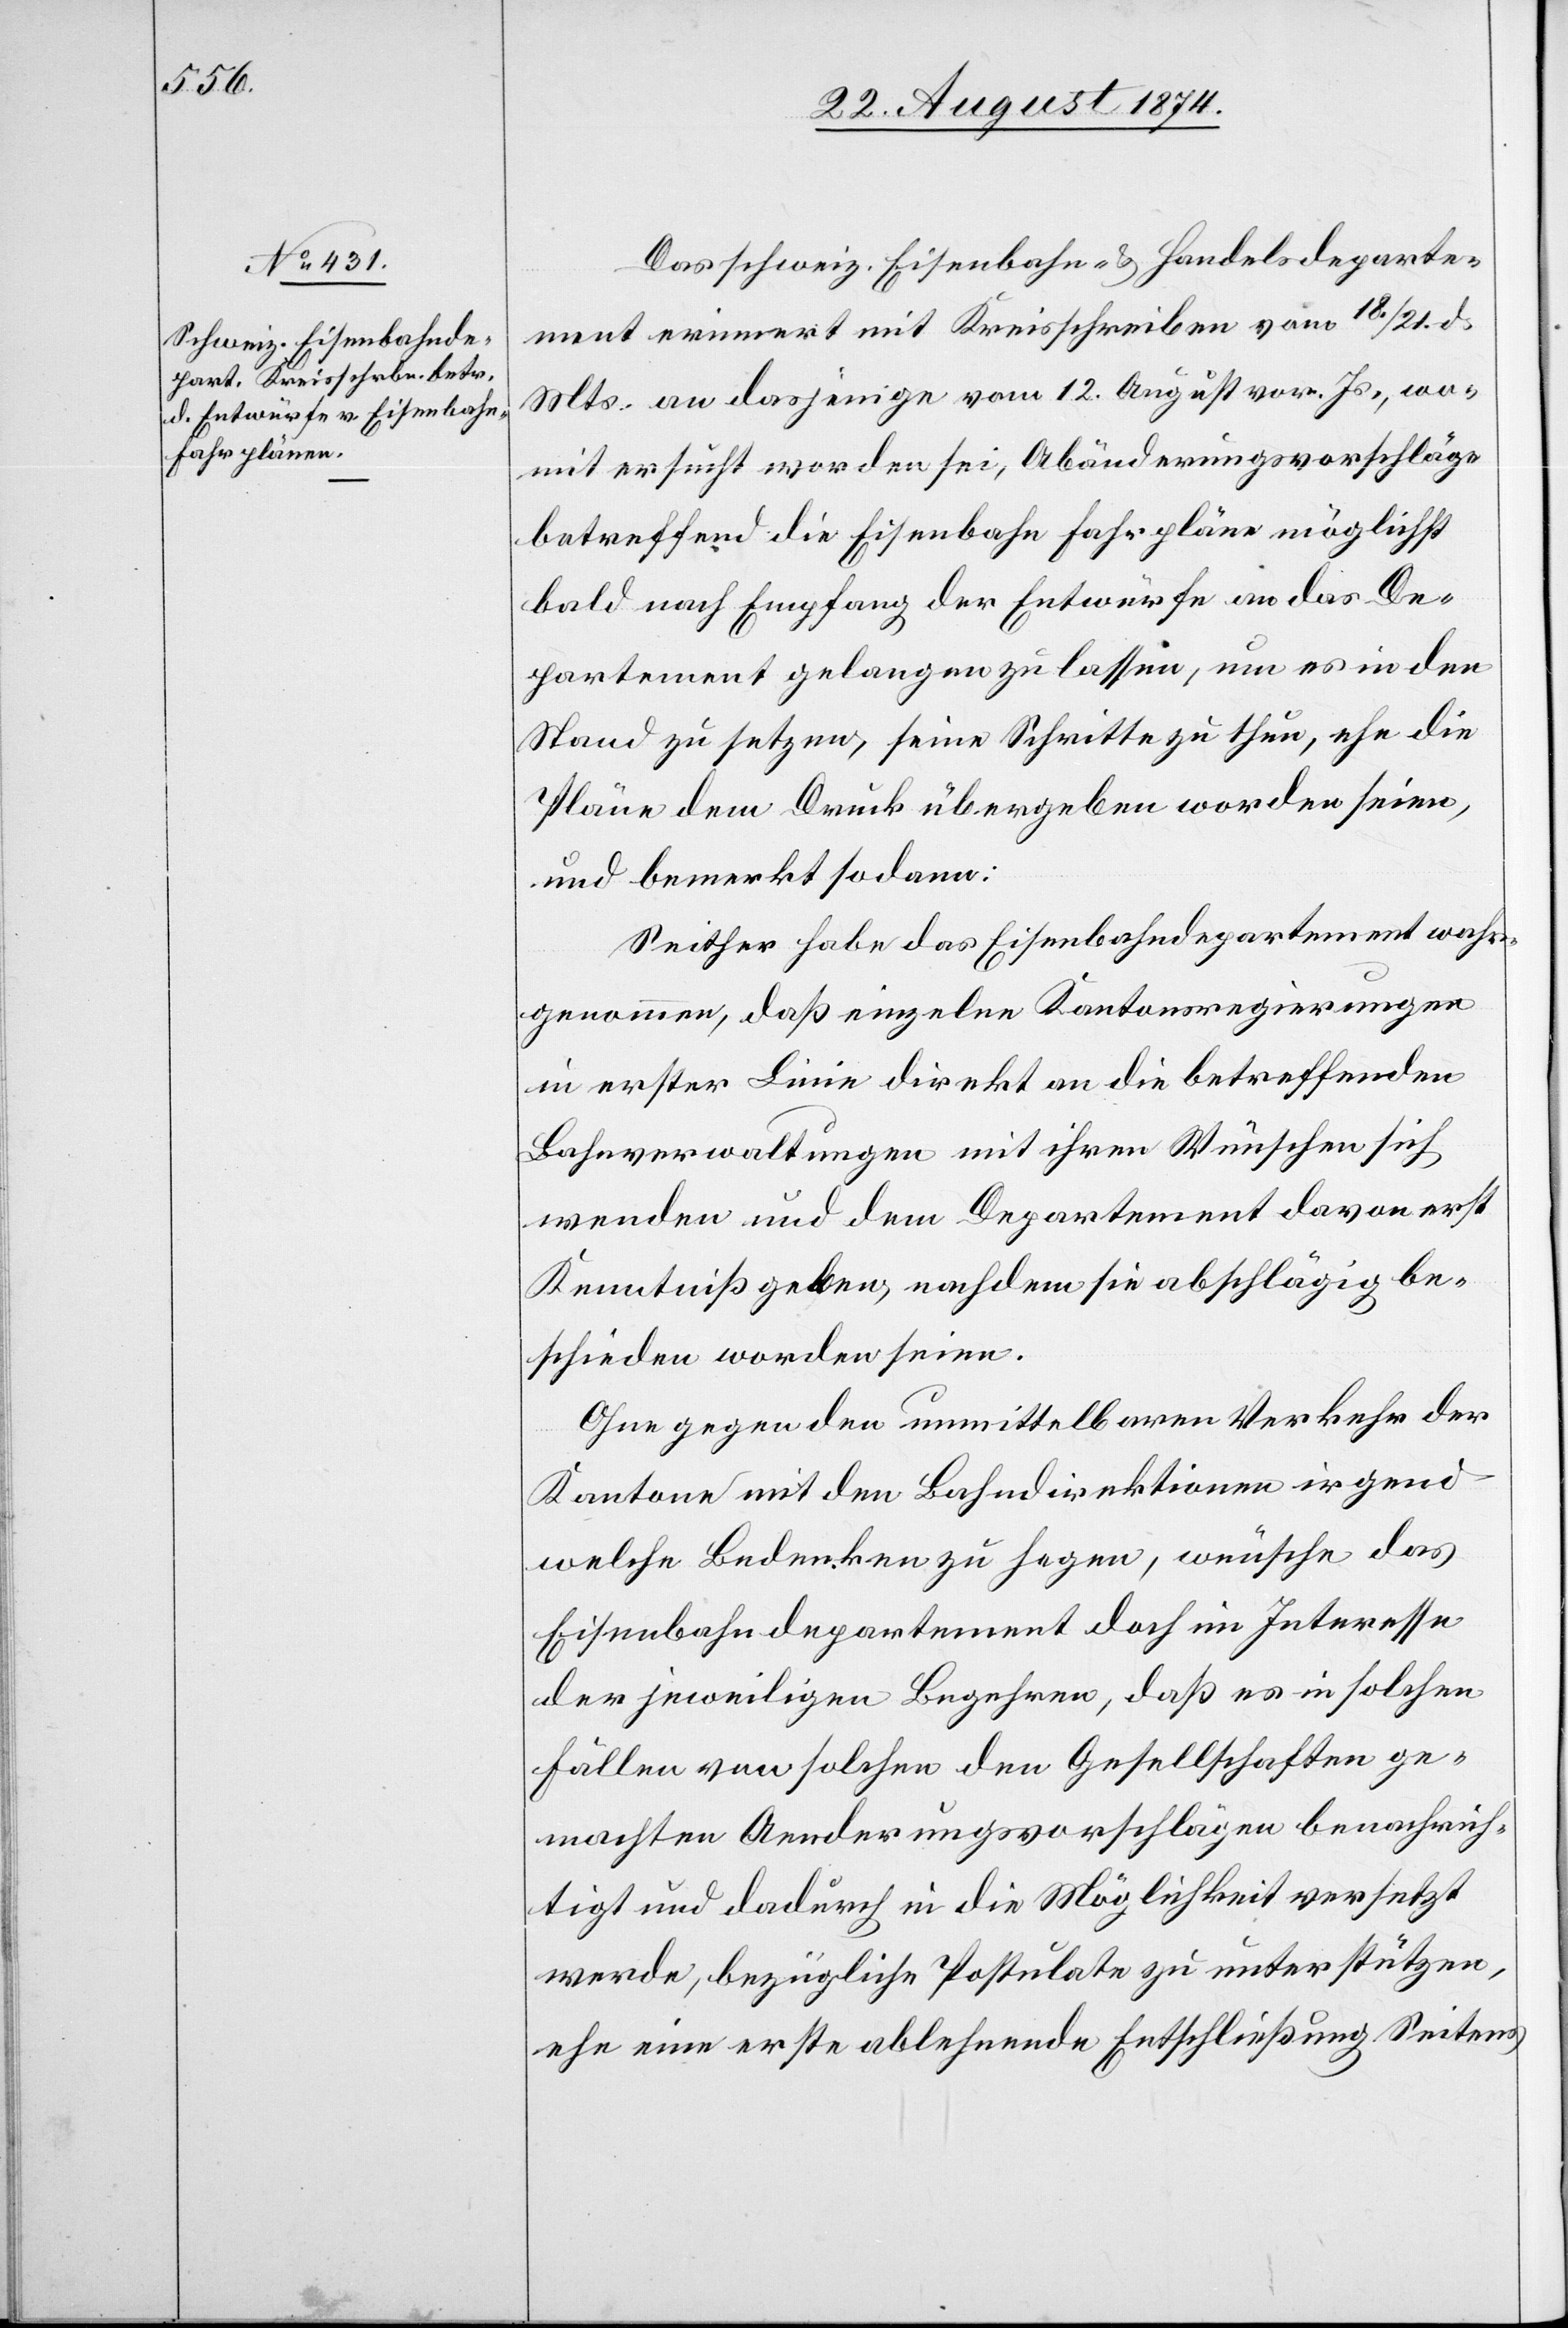
Das schweiz. Eisenbahn- u. Handelsdeparte¬
ment erinnert mit Kreisschreiben vom 18./21. d.
Mts. an dasjenige vom 12. August vor. Js., wo¬
mit ersucht worden sei, Abänderungsvorschläge
betreffend die Eisenbahn Fahrpläne möglichst
bald nach Empfang der Entwürfe an das De¬
partement gelangen zu lassen, um es in den
Stand zu setzen, seine Schritte zu thun, ehe die
Pläne dem Druck übergeben worden seien,
und bemerkt sodann:
Seither habe das Eisenbahndepartement wahr¬
genommen, daß einzelne Kantonsregierungen
in erster Linie direkt an die betreffenden
Bahnverwaltungen mit ihren Wünschen sich
wenden und dem Departement davon erst
Kenntniß geben, nachdem sie abschlägig be¬
schieden worden seien.
Ohne gegen den unmittelbaren Verkehr der
Kantone mit den Bahndirektionen irgend
welche Bedenken zu hegen, wünsche das
Eisenbahndepartement doch im Interesse
der jeweiligen Begehren, daß es in solchen
Fällen von solchen den Gesellschaften ge¬
machten Aenderungsvorschlägen benachrich¬
tigt und dadurch in die Möglichkeit versetzt
werde, bezügliche Postulate zu unterstützen,
ehe eine erste ablehnende Entschließung Seitens